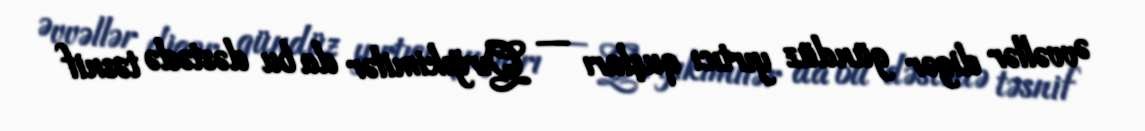
Əvvəllər digər gündüz yırtıcı quşları — Qırğıkimilər da bu dəstədə təsnif